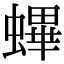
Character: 𧏻